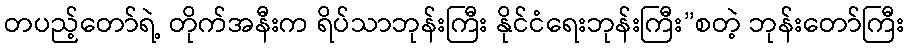
တပည့်တော်ရဲ့ တိုက်အနီးက ရိပ်သာဘုန်းကြီး နိုင်ငံရေးဘုန်းကြီး”စတဲ့ ဘုန်းတော်ကြီး